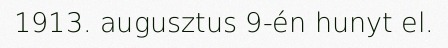
1913. augusztus 9-én hunyt el.